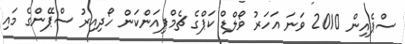
ސްޕެއިން 2010 ވަނަ އަހަރު ވޯލްޑް ކަޕްގެ ޗެމްޕިއަންކަން ހޯދިއިރު ސްޕޭންގެ މައި